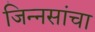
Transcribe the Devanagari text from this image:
जिन्नसांचा